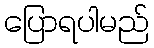
ပြောရပါမည်